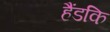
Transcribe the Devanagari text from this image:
हैंडकि